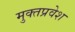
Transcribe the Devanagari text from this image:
मुक्तप्रवेश